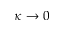
\kappa \rightarrow 0